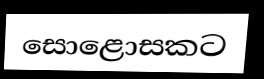
සොළොසකට